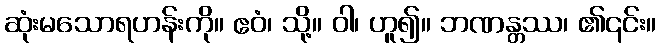
ဆုံးမသောရဟန်းကို။ ဧဝံ၊ သို့။ ဝါ၊ ဟူ၍။ ဘဏန္တဿ၊ ၏၎င်း။